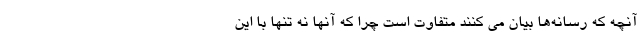
آنچه که رسانه‌ها بیان می کنند متفاوت است چرا که آنها نه تنها با این